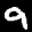
Label: 9